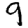
Digit: 9